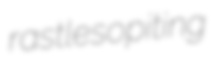
rastle sopiting